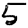
Digit: 5